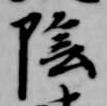
陰